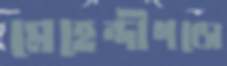
মেহেন্দীগঞ্জে